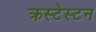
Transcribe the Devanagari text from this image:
क्रस्टेस्टन